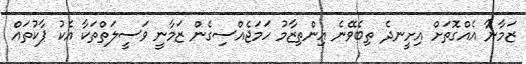
ޒަމާނާ އެއްގޮތަށް އިށީނދެ ތިބެވޭނެ އިންތިޒާމު ހަމަޖެއްސިގެން ޒަމާނީ ވަސީލަތްތަކާ އެކު ޕާކުތައް